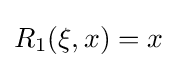
R_{1}(\xi ,x)=x